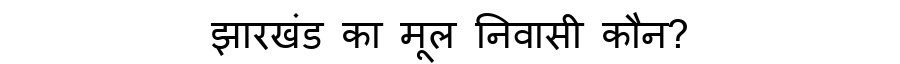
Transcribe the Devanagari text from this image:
झारखंड का मूल निवासी कौन?